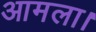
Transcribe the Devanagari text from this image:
आमला।